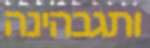
ותגבהינה